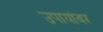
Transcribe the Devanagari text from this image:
उपायांवर